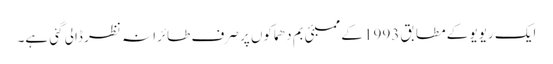
ایک ریویو کے مطابق 1993 کے ممبئی بم دھماکوں پر صرف طائرانہ نظر ڈالی گئی ہے۔